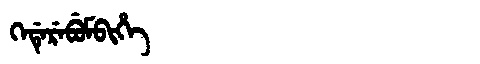
Manchu: ᡴᡝᡩᡝᡵᡝᠪᡠᠮᠪᡳᡥᡝ
Romanization: KEDEREBUMBIHE